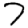
Digit: 7